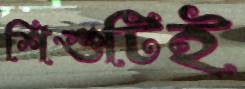
শিশুটিই